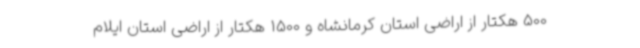
500 هکتار از اراضی استان کرمانشاه و 1500 هکتار از اراضی استان ایلام